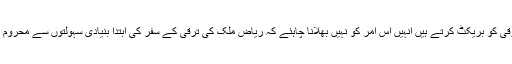
چنانچہ جو لوگ محض انگریزی تعلیم کی بنیاد پر ہی انسانی ترقی کو بریکٹ کرتے ہیں اُنہیں اِس اَمر کو نہیں بھلانا چاہئے کہ ریاض ملک کی ترقی کے سفر کی ابتدا بنیادی سہولتوں سے محروم ایک غربت کے مارے ہوئے شہری کی حیثیت سے ہوئی تھی۔